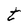
Character: t